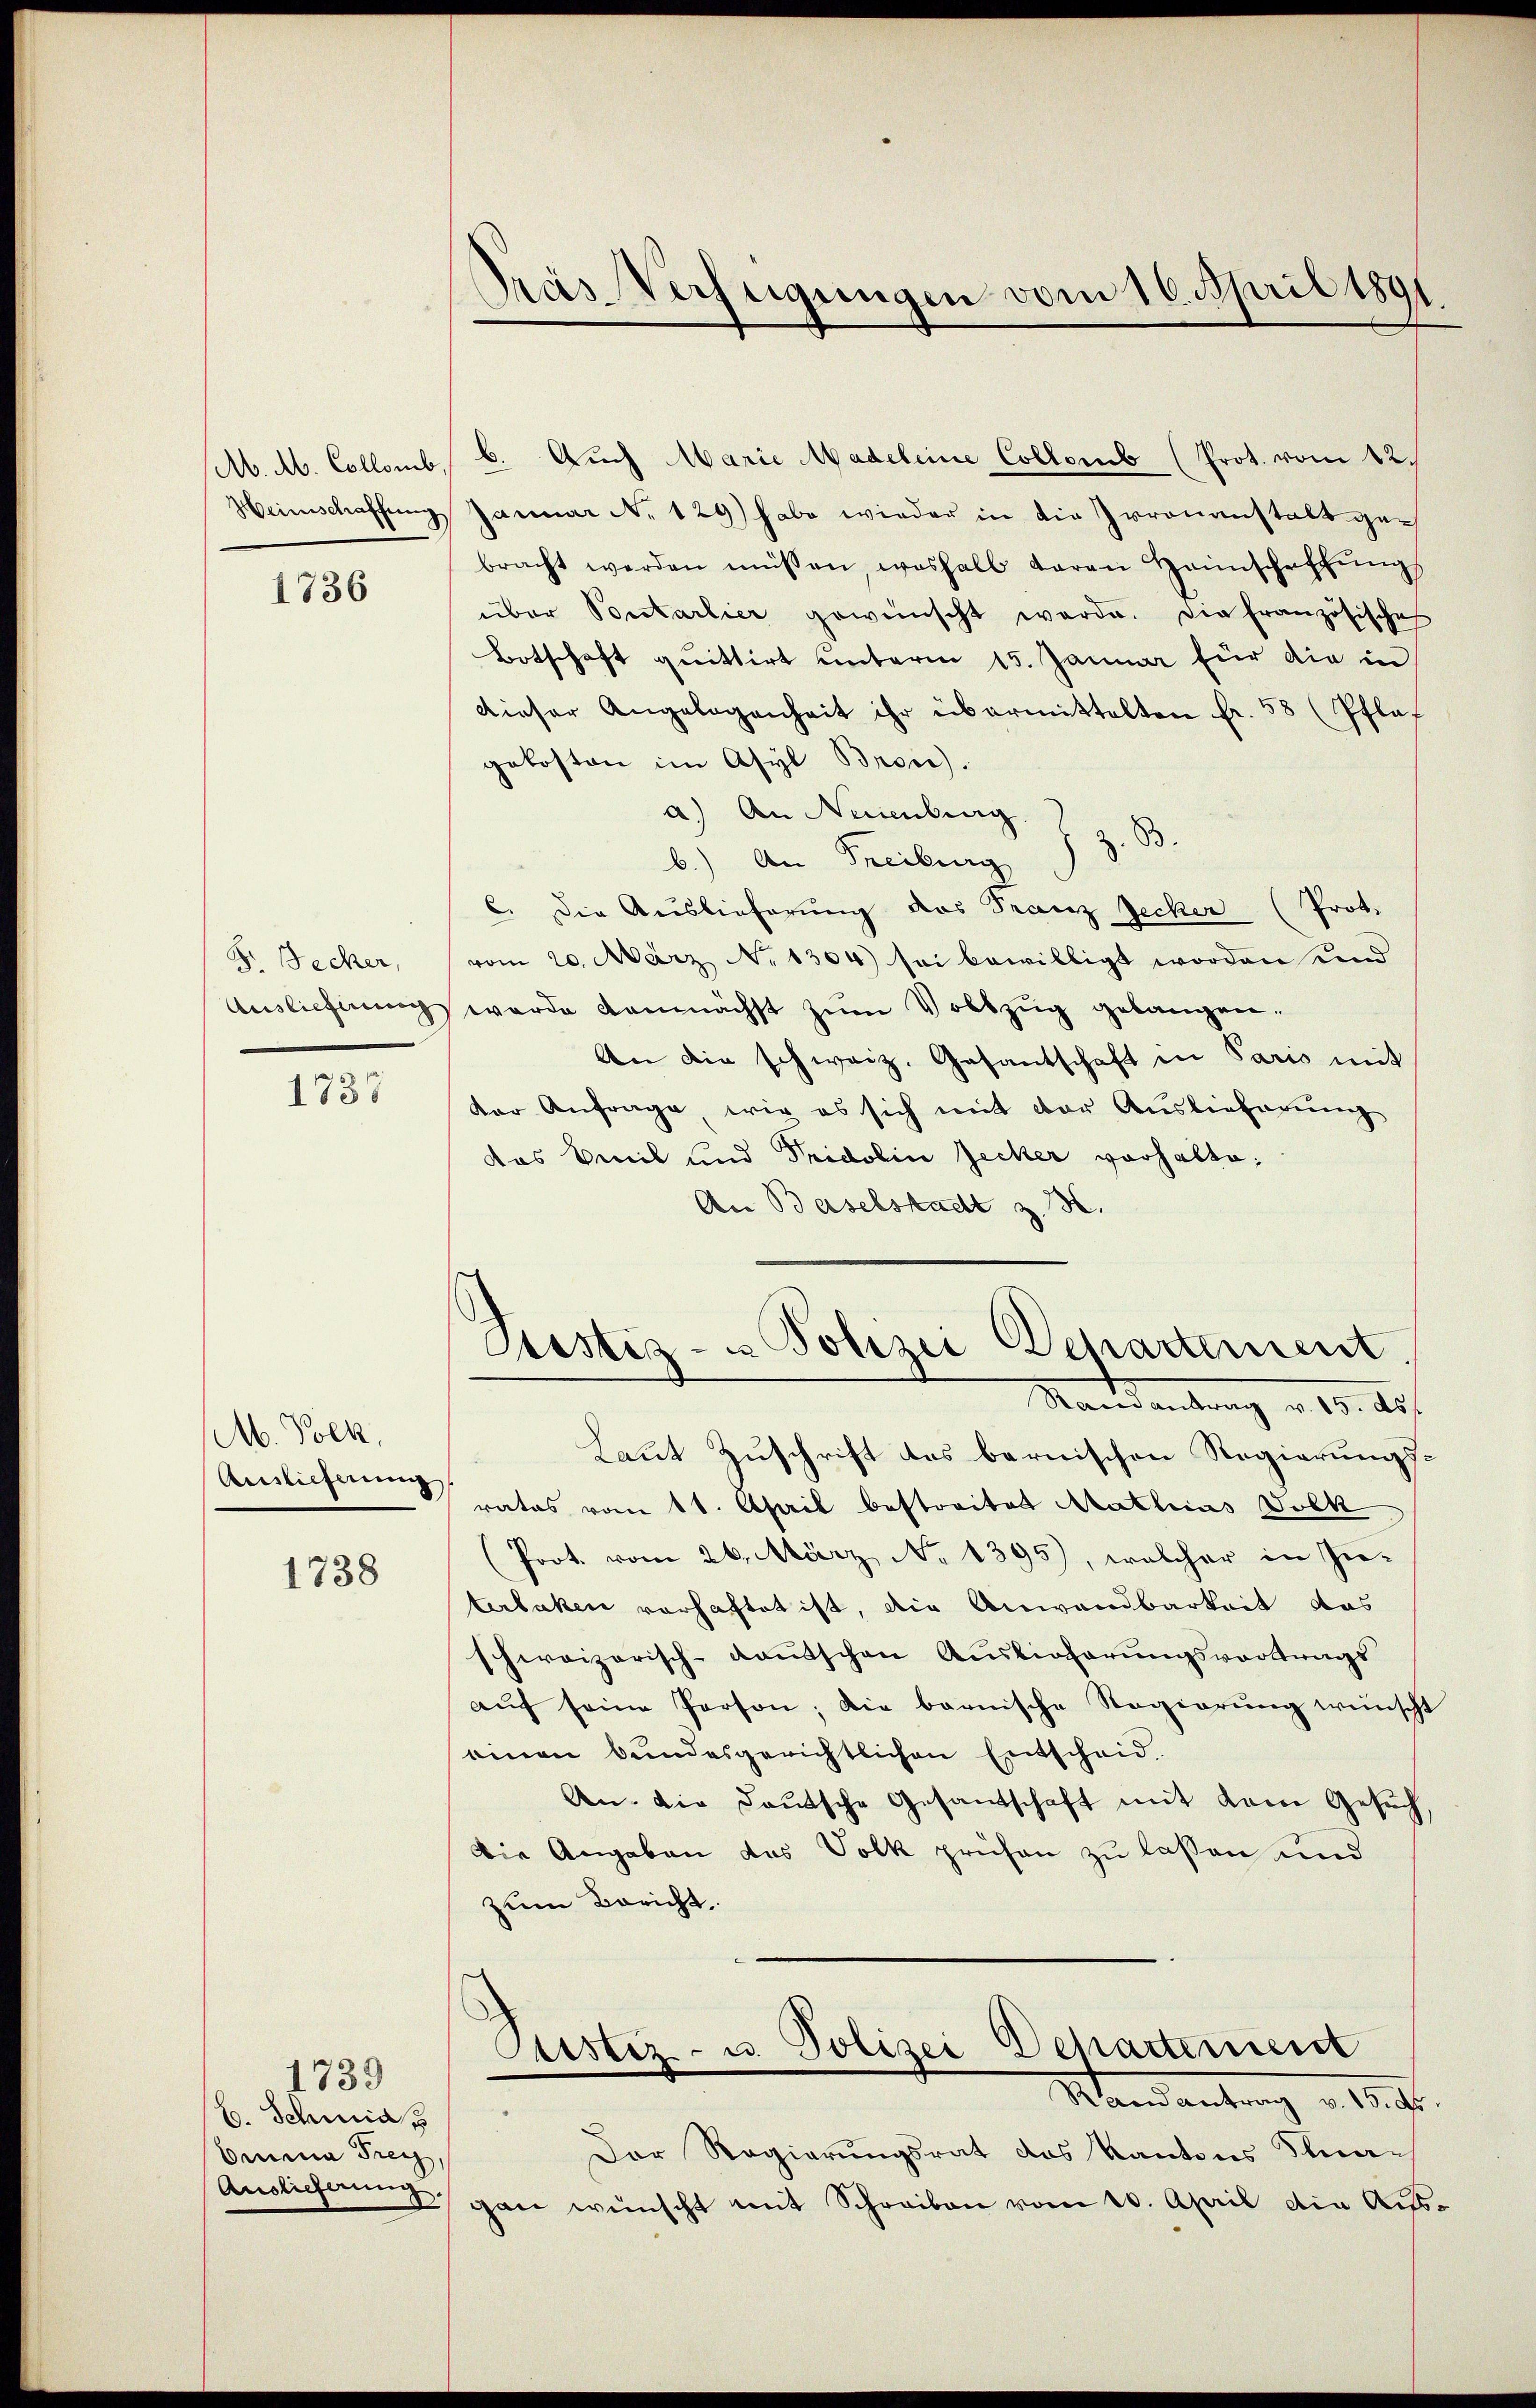
(A. M. Collomb,

1736

Fr. Becker,
Auslieferung

1737

M. Volk,
Auslieferung

1738

1739
6. Schmid
Omnina Frey,
Auslieferung.

Gras Verfügungen vom 16. April 1891.

6. Auch Marie Madeleine Collomb (Prot. vom 12.
Heimschaffung Januar N. 129) habe wieder in die Irrenanstalt gebracht werden müssen, weshalb daran Heimschaffŭngs
über Pontarlier gewünscht werde. Die französisches
Botschaft quittirt unterm 15. Januar für die in
dieser Angelegenheit ihr übermittelten Fr. 58 (Pflaf
gekosten im Asyl Bron).
a.) An Neuenburg.
b.) An Freiburg
C. Die Auslieferung das Franz Jecker (Prot.
vom 20. März N. 1304) sei bewilligt worden und
werde demnächst zum Vollzug gebangen.
An die schweiz. Gesantschaft in Paris mit
der Anfrage wir es sich mit der Auslieferung
das Emil und Fridolin Jecker vorhalte;
An Baselstadt z. B.

Laut Zuschrift des bernischen Regierungsrates vom 11. April bestreitet Mathias Volk
(Prot. vom 26. März No 1395), welcher in Interlaken vorhaftet ist, die Anwandbarkeit das
schweizerisch-kaŭtschen Auslieferungsvortrags
aŭf seine Person; die bernische Regierung wünscht
einen bundesgerichtlichen Entscheid
An die deutsche Gesandschaft mit dem Gesuch
Die Angaben das Volk prühen zu lassen und
zum Bericht.

Sistiz - Polizei Departement.
Mandantrag u. 10. Auf

Justiz- u. Polizei Departement
Mandantrag v. 18. Fr.

Der Regierungsrat des Kantons Knagan wünscht mit Schreiben vom 20. April die Aus¬